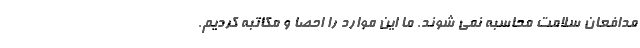
مدافعان سلامت محاسبه نمی شوند. ما این موارد را احصا و مکاتبه کردیم.